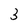
Character: 3